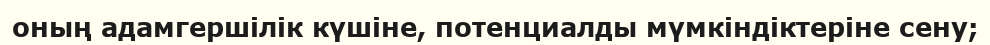
оның адамгершілік күшіне, потенциалды мүмкіндіктеріне сену;